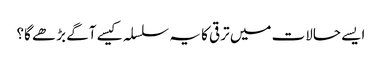
ایسے حالات میں ترقی کا یہ سلسلہ کیسے آگے بڑھے گا؟